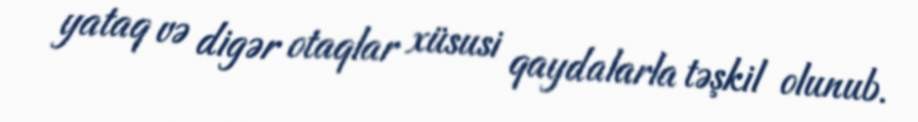
yataq və digər otaqlar xüsusi qaydalarla təşkil olunub.